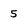
Character: 5